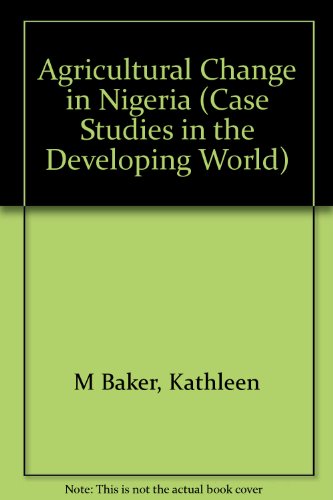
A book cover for Agricultural Change in Nigeria (Case Studies in the Developing World); Kathleen Baker; Travel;